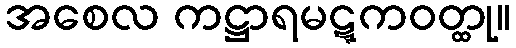
အစေလ ကဋ္ဌာရမဋ္ဋကဝတ္ထု။